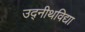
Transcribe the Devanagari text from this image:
उद्नीथविद्या